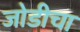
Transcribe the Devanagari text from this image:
जोडीचा